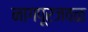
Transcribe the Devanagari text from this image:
नागपूरजवळ